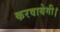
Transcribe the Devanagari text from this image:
करवायेगी।